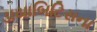
ડાયાબિટિસના